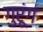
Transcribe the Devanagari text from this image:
गुरूंग